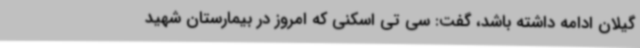
گیلان ادامه داشته باشد، گفت: سی تی اسکنی که امروز در بیمارستان شهید